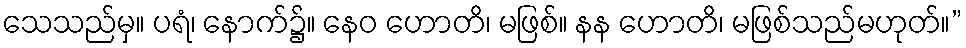
သေသည်မှ။ ပရံ၊ နောက်၌။ နေဝ ဟောတိ၊ မဖြစ်။ နန ဟောတိ၊ မဖြစ်သည်မဟုတ်။”